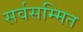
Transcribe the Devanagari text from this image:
सर्वसम्मित